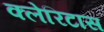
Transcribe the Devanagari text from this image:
क्लेरिटास